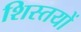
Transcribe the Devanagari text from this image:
शिस्तयों